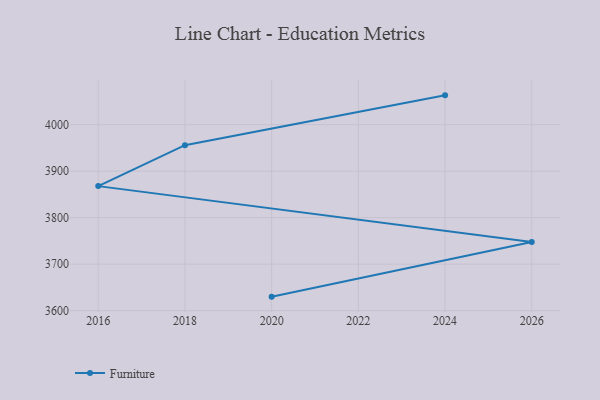
{"axis": {"x": "Year", "y": "Churn Rate (%)"}, "legend": ["Furniture"], "data": [{"x": "2024", "y": 4063.0, "type": "Furniture"}, {"x": "2018", "y": 3955.8, "type": "Furniture"}, {"x": "2016", "y": 3867.8, "type": "Furniture"}, {"x": "2026", "y": 3747.5, "type": "Furniture"}, {"x": "2020", "y": 3630.1, "type": "Furniture"}]}